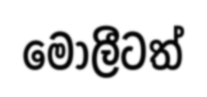
මොලීටත්